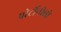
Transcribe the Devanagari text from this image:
पोर्टोनोवो